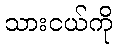
သားငယ်ကို